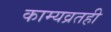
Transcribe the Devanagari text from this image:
काम्यव्रतही